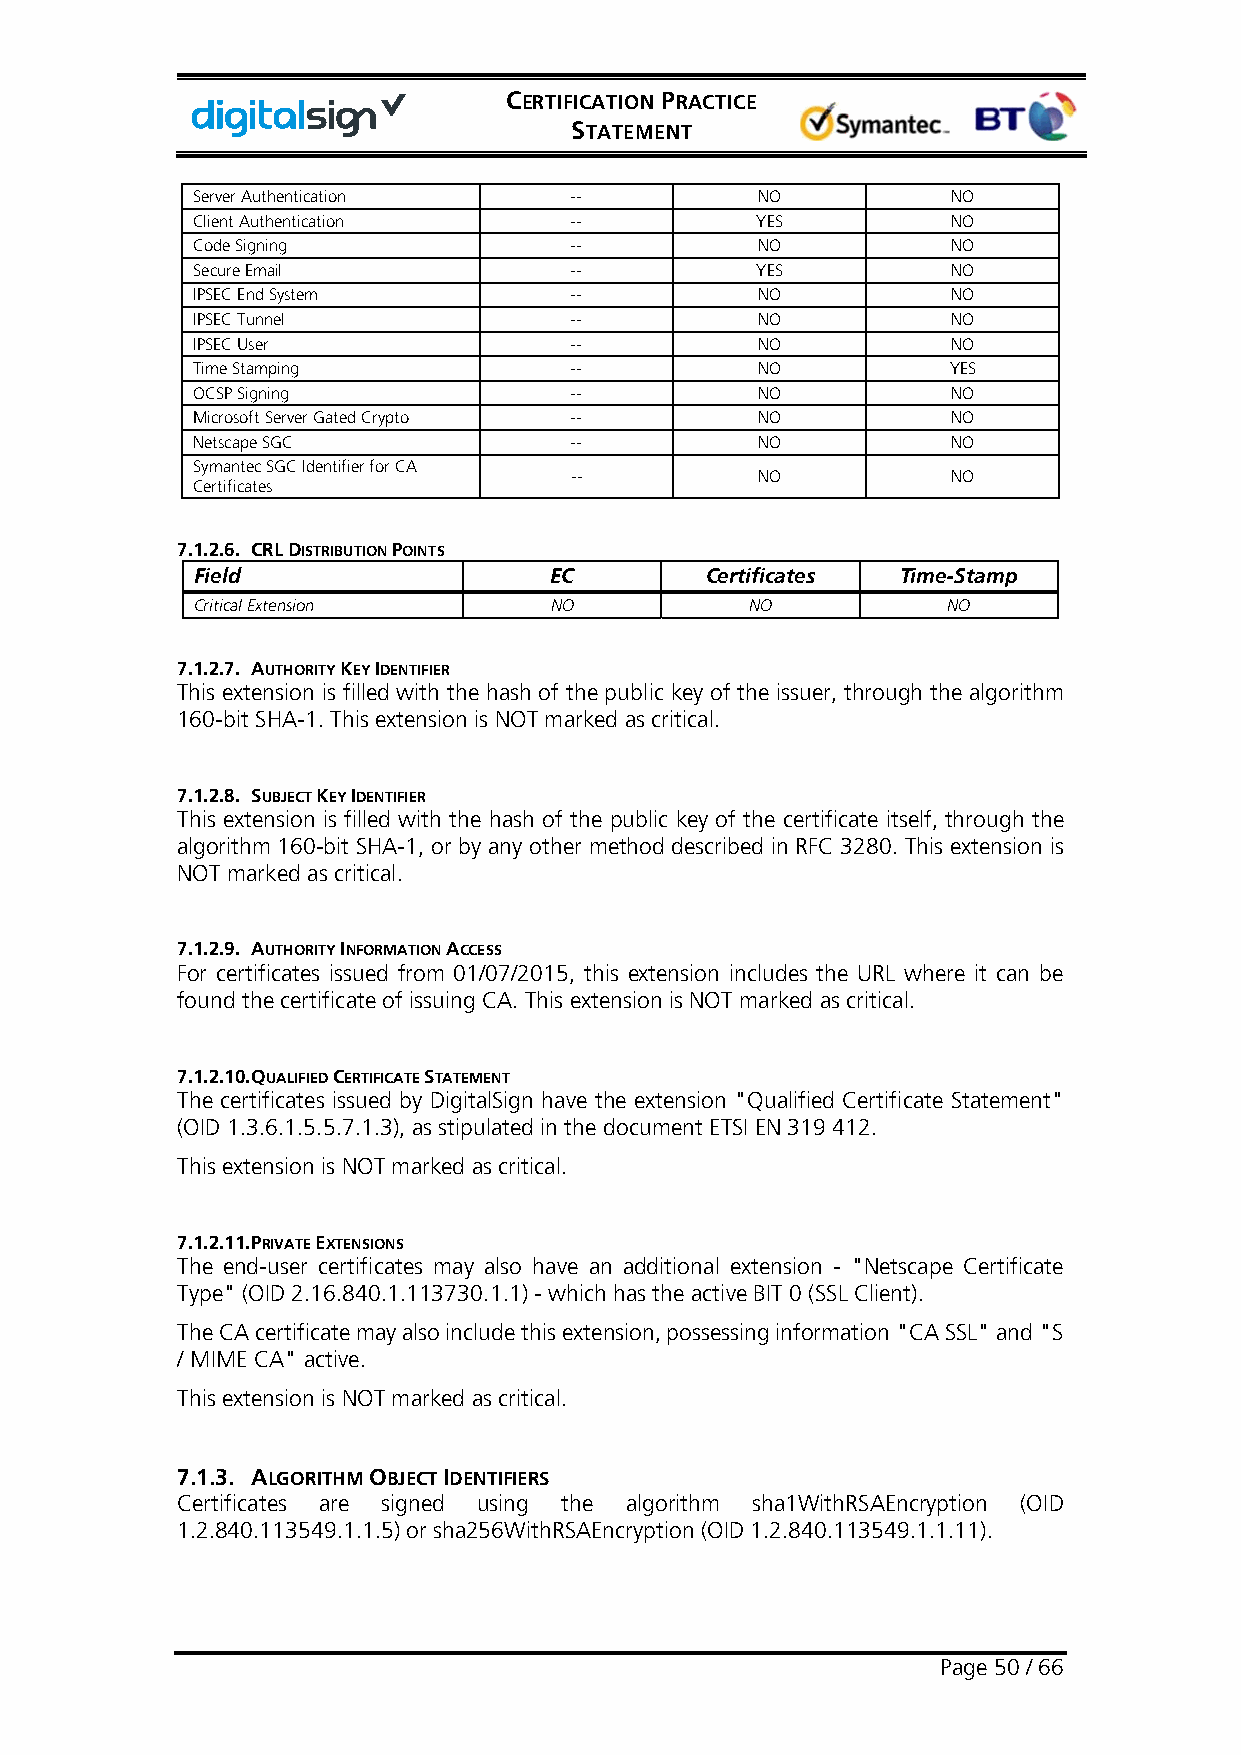
CERTIFICATION PRACTICE
 STATEMENT
 Server Authentication    --          NO           NO
 Client Authentication    --          YES          NO
 Code Signing             --          NO           NO
 Secure Email             --          YES          NO
 IPSEC End System         --          NO           NO
 IPSEC Tunnel             --          NO           NO
 IPSEC User               --          NO           NO
 Time Stamping            --          NO           YES
 OCSP Signing             --          NO           NO
 Microsoft Server Gated Crypto --     NO           NO
 Netscape SGC             --          NO           NO
 Symantec SGC Identifier for CA
 --          NO           NO
 Certificates
 7.1.2.6. CRL DISTRIBUTION POINTS
 Field                  EC         Certificates Time-Stamp
 Critical Extension     NO            NO           NO
 7.1.2.7. AUTHORITY KEY IDENTIFIER
 This extension is filled with the hash of the public key of the issuer, through the algorithm
 160-bit SHA-1. This extension is NOT marked as critical.
 7.1.2.8. SUBJECT KEY IDENTIFIER
 This extension is filled with the hash of the public key of the certificate itself, through the
 algorithm 160-bit SHA-1, or by any other method described in RFC 3280. This extension is
 NOT marked as critical.
 7.1.2.9. AUTHORITY INFORMATION ACCESS
 For certificates issued from 01/07/2015, this extension includes the URL where it can be
 found the certificate of issuing CA. This extension is NOT marked as critical.
 7.1.2.10. QUALIFIED CERTIFICATE STATEMENT
 The certificates issued by DigitalSign have the extension "Qualified Certificate Statement"
 (OID 1.3.6.1.5.5.7.1.3), as stipulated in the document ETSI EN 319 412.
 This extension is NOT marked as critical.
 7.1.2.11. PRIVATE EXTENSIONS
 The end-user certificates may also have an additional extension - "Netscape Certificate
 Type" (OID 2.16.840.1.113730.1.1) - which has the active BIT 0 (SSL Client).
 The CA certificate may also include this extension, possessing information "CA SSL" and "S
 / MIME CA" active.
 This extension is NOT marked as critical.
 7.1.3. ALGORITHM OBJECT IDENTIFIERS
 Certificates are signed using the algorithm sha1WithRSAEncryption (OID
 1.2.840.113549.1.1.5) or sha256WithRSAEncryption (OID 1.2.840.113549.1.1.11).
 Page 50 / 66